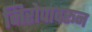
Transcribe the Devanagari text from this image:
निरोपावरून